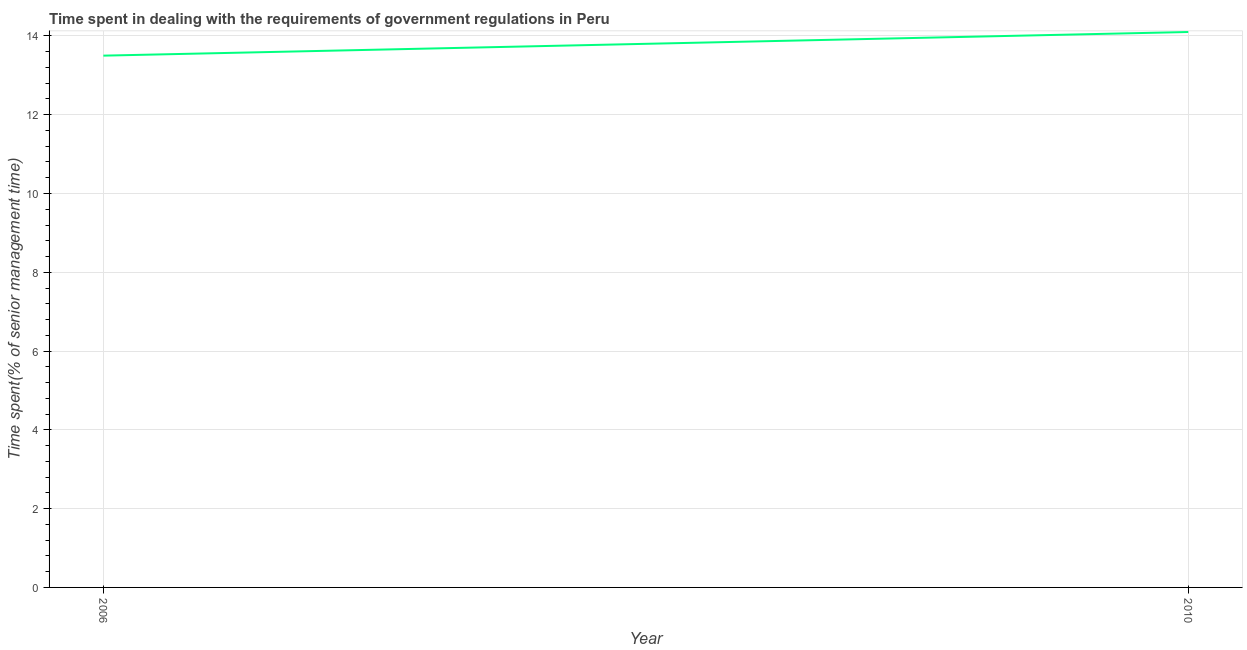
| Year | Government regulations |
 | --- | --- |
 | 2006 | 13.5 |
 | 2010 | 14.1 |